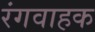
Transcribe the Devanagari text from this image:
रंगवाहक